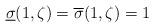
LaTeX: \begin{align*} \underline{\sigma}(1,\zeta)=\overline{\sigma}(1,\zeta)=1\end{align*}